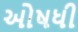
ઓષધી